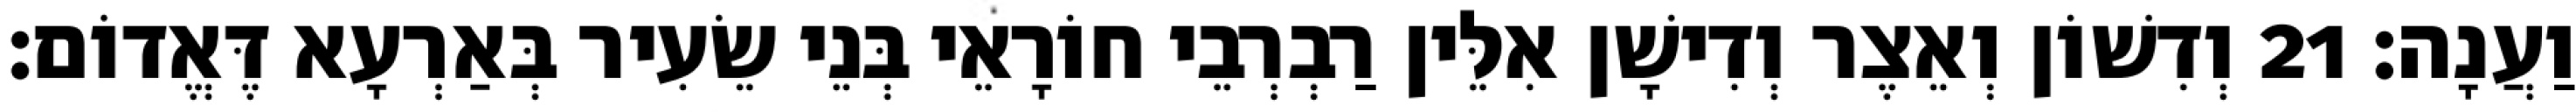
וַעֲנָה׃ 21 וְדִשׁוֹן וְאֵצֶר וְדִישָׁן אִלֵּין רַבְרְבֵי חוֹרָאֵי בְּנֵי שֵׂעִיר בְּאַרְעָא דֶּאֱדוֹם׃